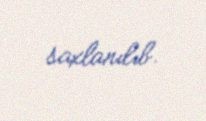
saxlanılıb.